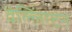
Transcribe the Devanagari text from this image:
वेल्लिंग्टन